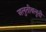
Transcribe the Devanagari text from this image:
अलुतीबलुती